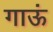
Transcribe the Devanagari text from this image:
गाऊं